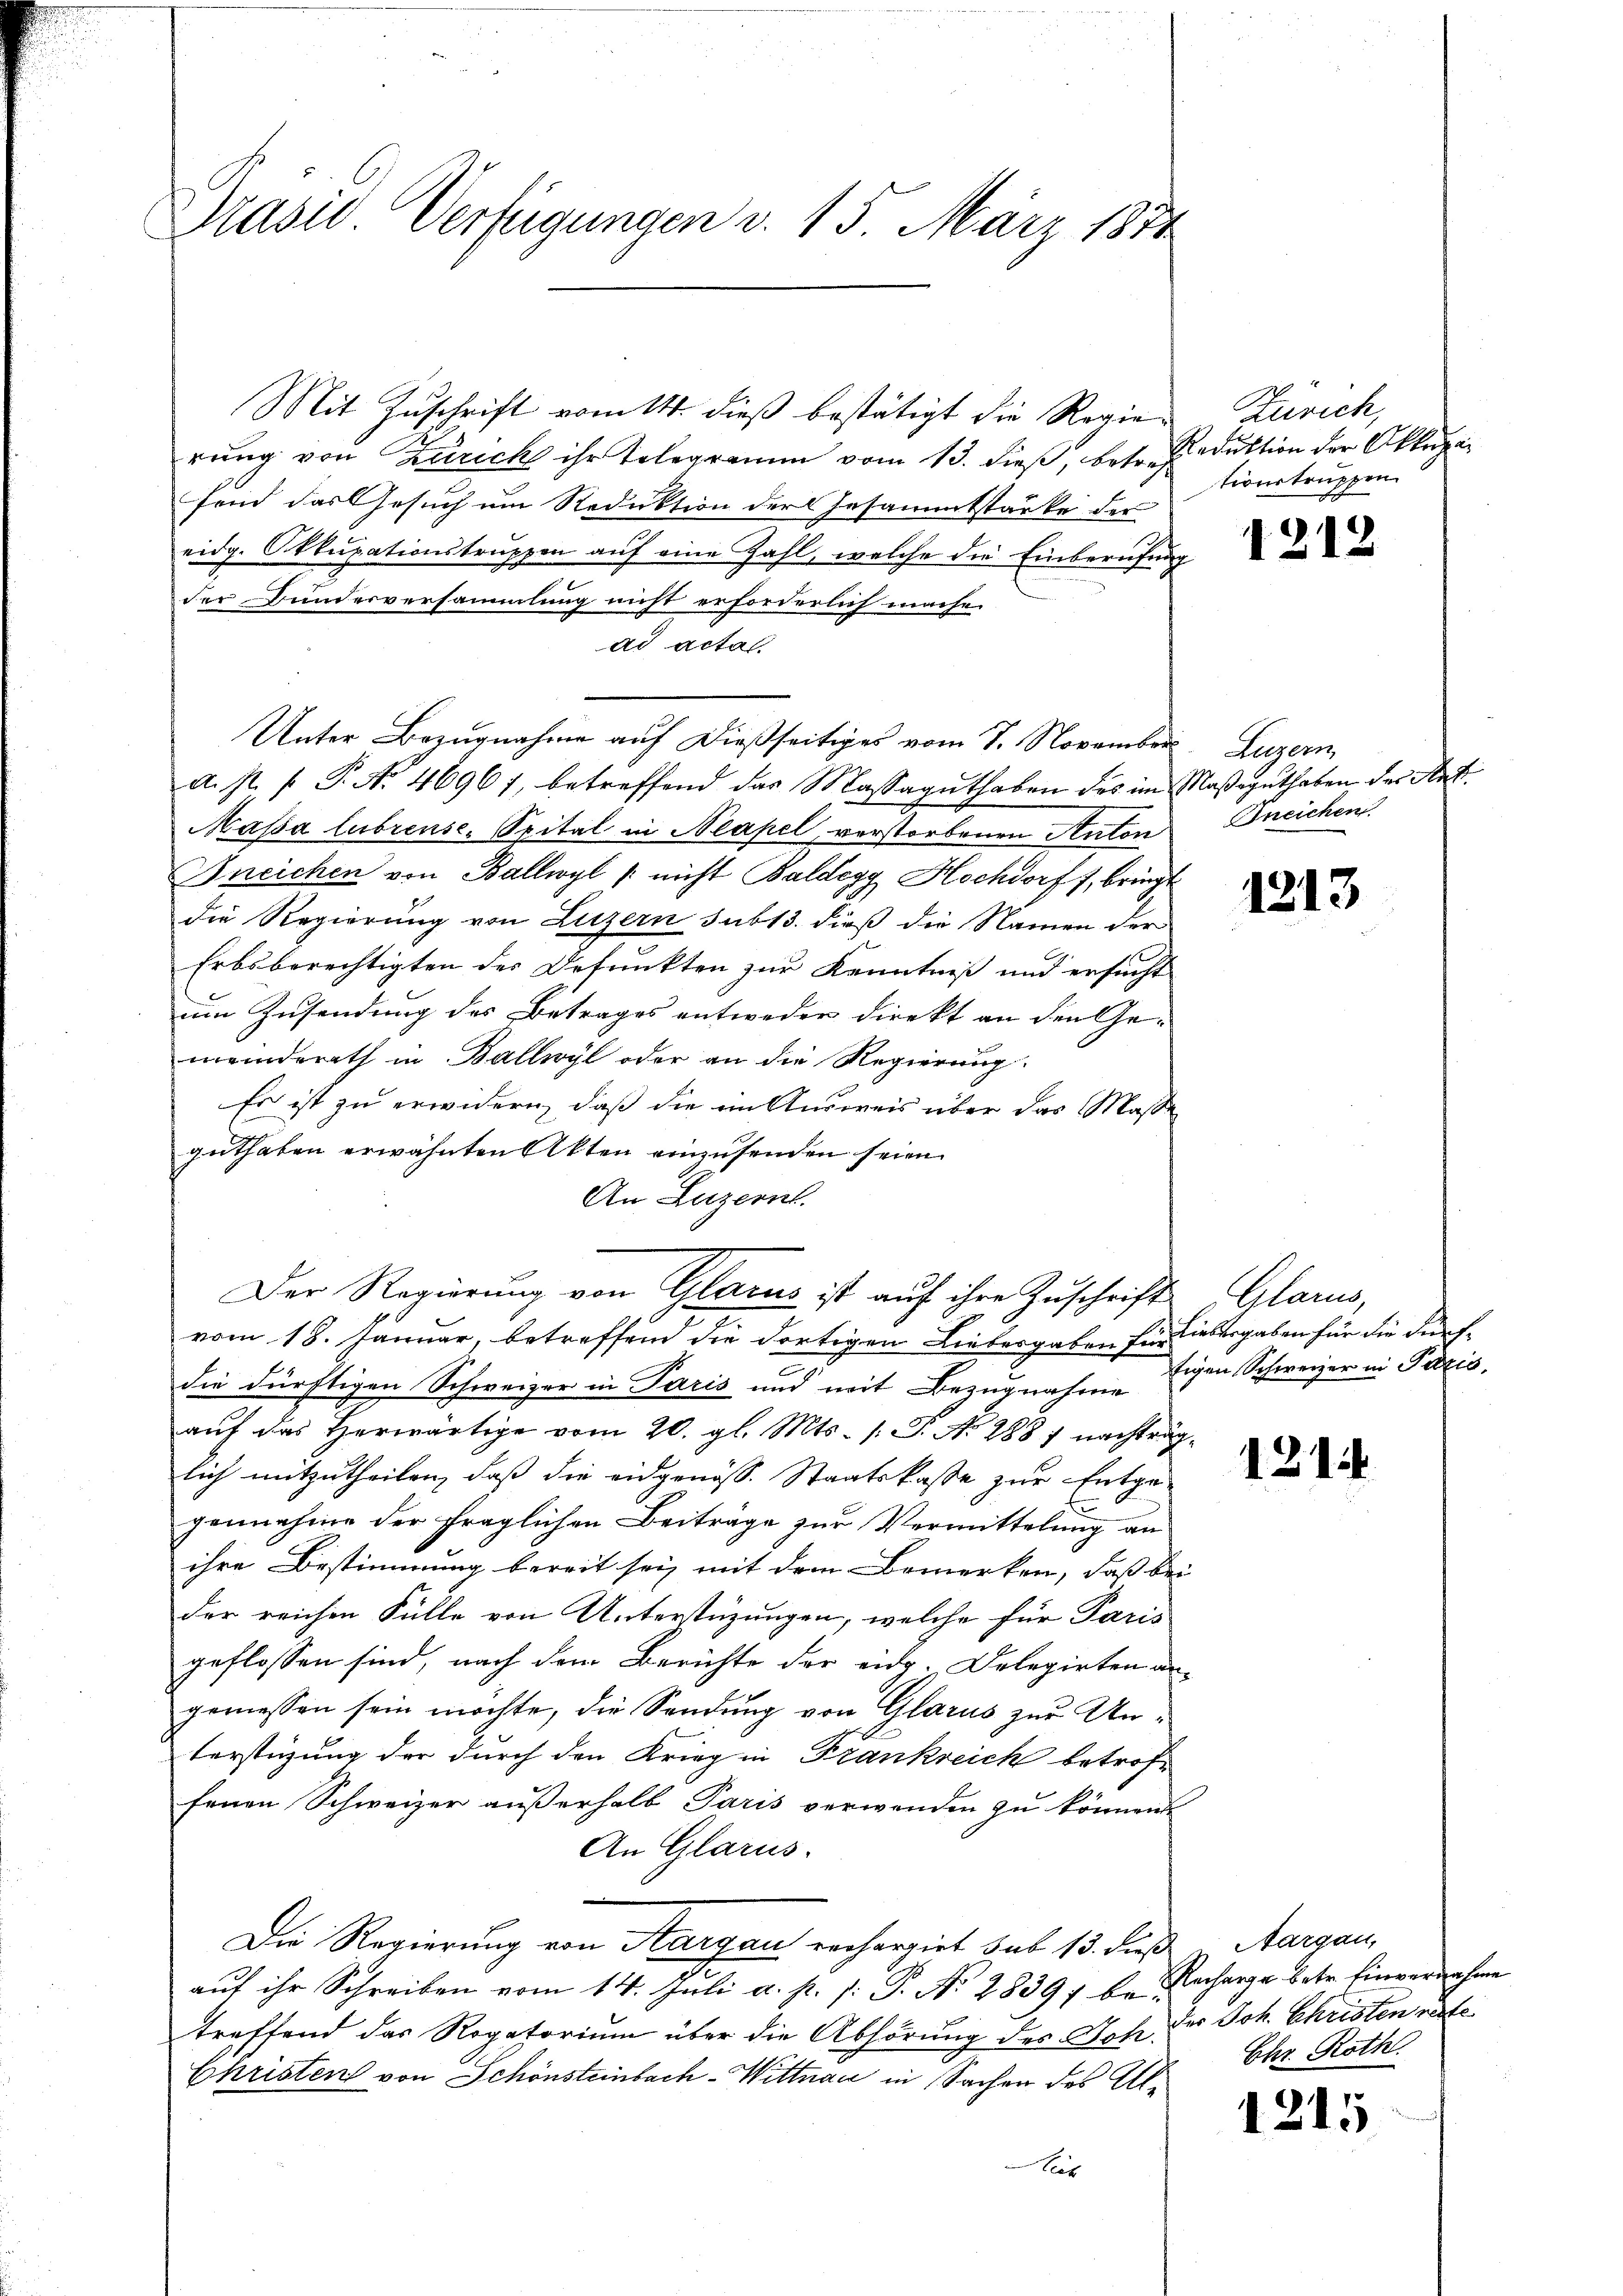
Präsid. Verfügungen d. 15. März 1874

Mit Zuschrift vom 14. dieß bestätigt die Regien Zürich,
rung von Zürich ihr Telegramm vom 13. dieß, betr. Produktion der Akte
sind das Gesuch um Reduktion der Gesammtstärke der
eidg. Okkupationstruppen aŭf eine Zahl, welche die Einberufung
der Bunderversammlung nicht erforderlich mache.
ad acta.
Unter Bezugnahme auf dießseitiges vom 8. November, Luzern,
a. p. p. P. Nr. 4696), betreffend das Massaguthaben des im Maβiguthaben der He
Massa librense. Spital in Neapel, verstorbenen Anton Bneichen
Bneichen von Ballwyl /: nicht Baldegg, Hochdorf f, bringt
die Regierung von Luzern sub 13. dieß die Namen der
Erbsberechtigten des Defunkten zur Kenntniß und ersucht
um Zusendung des Betrages entweder direkt an den Gemeinderath in Ballwyl oder an die Regierung
Es ist zu erwidern, daß die im Ausweis über das Maße
guthaten erwähnten Akten einzusenden seien.
An Luzern.
Der Regierung von Glarus ist auf ihre Zuschrift Glarus,
vom 18. Januar, betreffend die dortigen Liebesgaben für Liebergaben für die dürfdie dürftigen Schweizer in Paris und mit Beigen Schweizer in Pilzis,
aŭf das herwärtige vom 20. gl. Mts. /: P. No 288; nachträglich mitzutheilen, daß die eidgenöss. Staatskasse zur Entge-
gennahme der fraglichen Beiträge zur Vermittelung an
ihre Bestimmung bereit sei, mit dem Bemerken, daß bei
der reichen Fülle von Unterstüzungen, welche für Paris
geflossen sind, nach dem Berichte der eid. Delegirten an-
gemessen sein möchte, die Sendung von Glarus zur Unterstigung der durch den Krieg in Frankreich betroffenen Schweizer außerhalb Paris verwenden zu können.
An Glarus.
Die Regierung von Aargau rechargirt sub 15. dieß Margau,
auf ihr Schreiben vom 14. Juli a. p. s: P. N. 28397 be Recharge betr. Einvernehme
treffend das Rogatorium über die Abhörung des Joh. der Joh. Christen rote¬
Christen von Schönsteinbach-Wittnau in Sachen des Al¬
Aus

tionstruppen

1212

1213

121

Ehr. Roth.

1215